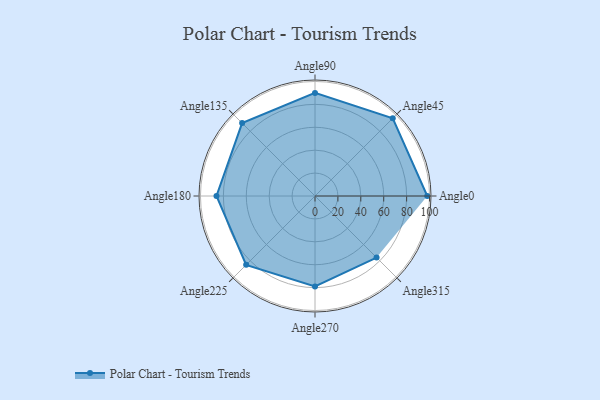
{"axis": {"x": "Angle", "y": "Radius"}, "legend": [""], "data": [{"x": "Angle0", "y": 98.0, "type": ""}, {"x": "Angle45", "y": 96.0, "type": ""}, {"x": "Angle90", "y": 90.0, "type": ""}, {"x": "Angle135", "y": 90.0, "type": ""}, {"x": "Angle180", "y": 86.0, "type": ""}, {"x": "Angle225", "y": 85.0, "type": ""}, {"x": "Angle270", "y": 79.0, "type": ""}, {"x": "Angle315", "y": 76.0, "type": ""}]}